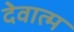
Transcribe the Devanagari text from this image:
देवात्म